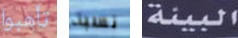
تأهبوا نسبة البيئة